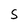
Character: S